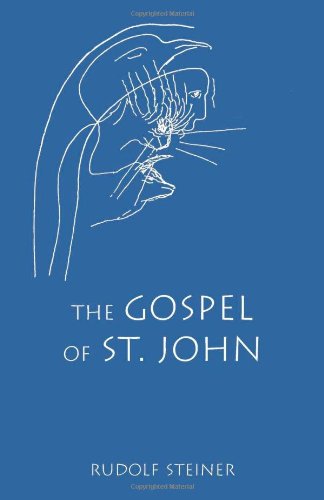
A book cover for The Gospel of St. John; Rudolf Steiner; Religion & Spirituality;